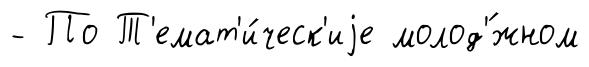
- По Т'емат'и́ческ'иjе молод'́жном